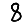
Digit: 8